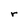
Character: r